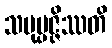
သမုပ္ပဇ္ဇိဿတိ